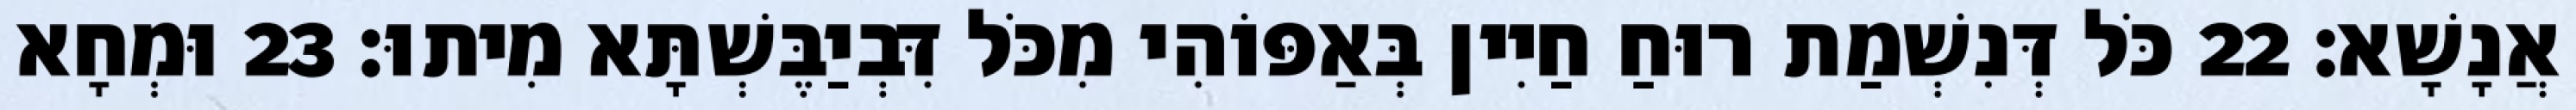
אֲנָשָׁא׃ 22 כֹּל דְּנִשְׁמַת רוּחַ חַיִין בְּאַפּוֹהִי מִכֹּל דִּבְיַבֶּשְׁתָּא מִיתוּ׃ 23 וּמְחָא